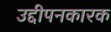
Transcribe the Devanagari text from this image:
उद्दीपनकारक